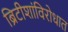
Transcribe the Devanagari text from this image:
ब्रिटीशांविरोधात